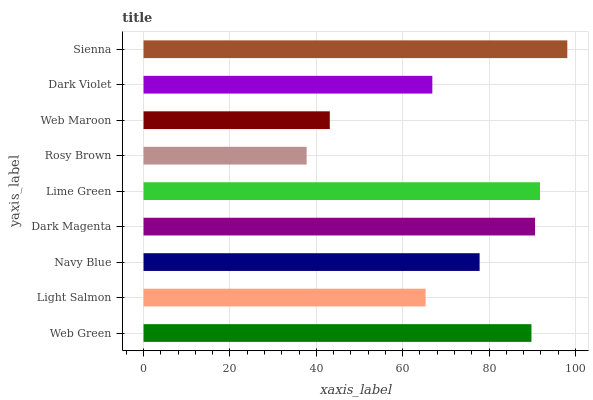
| yaxis_label | bars |
 | --- | --- |
 | Web Green | 89.8 |
 | Light Salmon | 65.3 |
 | Navy Blue | 77.8 |
 | Dark Magenta | 90.6 |
 | Lime Green | 91.8 |
 | Rosy Brown | 37.8 |
 | Web Maroon | 43.1 |
 | Dark Violet | 66.9 |
 | Sienna | 98.1 |